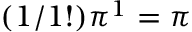
( 1 / 1 ! ) \pi ^ { 1 } = \pi